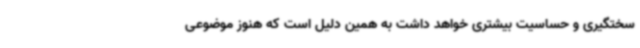
سختگیری و حساسیت بیشتری خواهد داشت به همین دلیل است که هنوز موضوعی